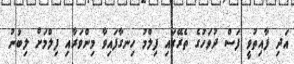
އަދި ފާއިތުވީ ފަސް ދުވަހުގެ ތެރޭގައި ފިލްމު ހިނގާފައިވާ މިންވަރާއި ފިލްމަށް ލިބުނު